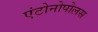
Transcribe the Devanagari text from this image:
एंटोनोपोलस